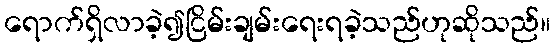
ရောက်ရှိလာခဲ့၍ငြိမ်းချမ်းရေးရခဲ့သည်ဟုဆိုသည်။